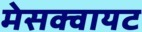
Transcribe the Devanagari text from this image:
मेसक्वायट